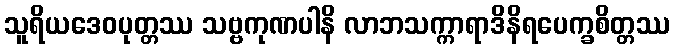
သူရိယဒေဝပုတ္တဿ သဗ္ဗကုဏပါနိ လာဘသက္ကာရာဒိနိရပေက္ခစိတ္တဿ